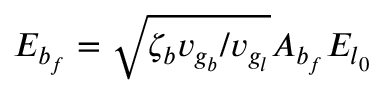
E _ { b _ { f } } = \sqrt { \zeta _ { b } v _ { g _ { b } } / v _ { g _ { l } } } A _ { b _ { f } } E _ { l _ { 0 } }